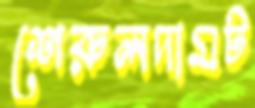
শেরুলদামট